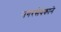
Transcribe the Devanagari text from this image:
नगरसेवकाने